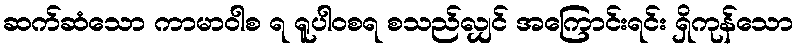
ဆက်ဆံသော ကာမာဝါစ ရ ရူပါဝစရ စသည်လျှင် အကြောင်းရင်း ရှိကုန်သော